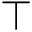
\intercal